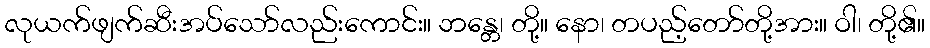
လုယက်ဖျက်ဆီးအပ်သော်လည်းကောင်း။ ဘန္တေ၊ တို့။ နော၊ တပည့်တော်တို့အား။ ဝါ၊ တို့၏။